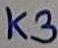
Text: K3